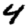
Digit: 4